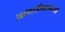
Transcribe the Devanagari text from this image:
आघाडीबरोबरची